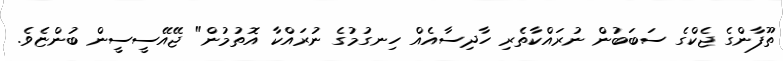
ތޫފާންގެ ޖެކްގެ ސަބަބުން ނުރައްކާތެރި ހާދިސާއެއް ހިނގުމުގެ ނުރައްކާ އޮތުމުން" ޖޭއޭސީސީން ބުންޏެވެ.